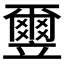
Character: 𫁮